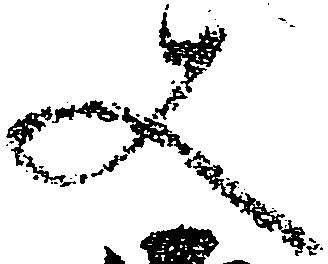
又